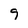
Character: 9